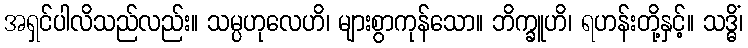
အရှင်ပါလိသည်လည်း။ သမ္ပဟုလေဟိ၊ များစွာကုန်သော။ ဘိက္ခူဟိ၊ ရဟန်းတို့နှင့်။ သဒ္ဓိံ၊